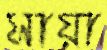
সায়া